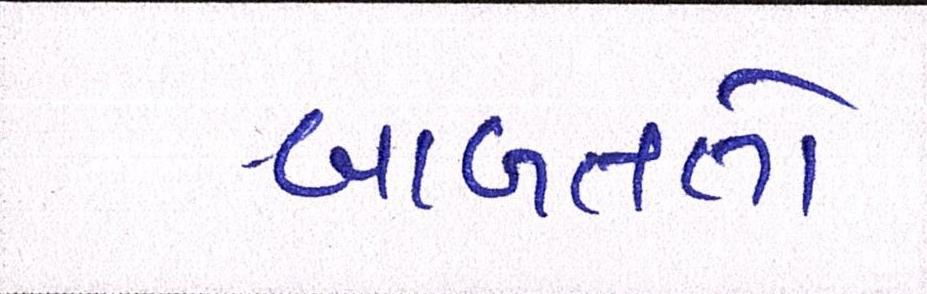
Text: બાબતતો